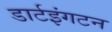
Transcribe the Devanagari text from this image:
डार्टइंगटन